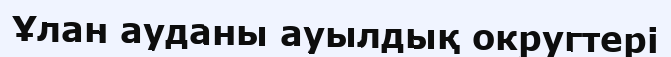
Ұлан ауданы ауылдық округтері